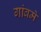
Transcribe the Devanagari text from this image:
गांवमे